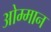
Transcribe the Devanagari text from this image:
ओम्मान